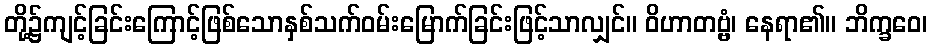
တို့၌ကျင့်ခြင်းကြောင့်ဖြစ်သောနှစ်သက်ဝမ်းမြောက်ခြင်းဖြင့်သာလျှင်။ ဝိဟာတဗ္ဗံ၊ နေရာ၏။ ဘိက္ခဝေ၊